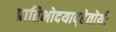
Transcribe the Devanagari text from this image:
प्रातिभोदयाद्हेतोर्यः